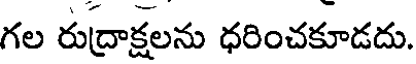
గల రుద్రాక్షలను ధరించకూడదు.